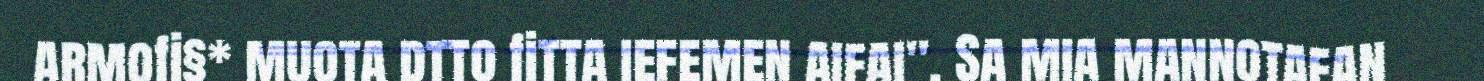
armofi§* muota dtto fitta iefemen aifai". Sa mia mannotafan